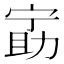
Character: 𫦵